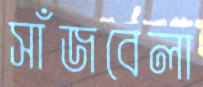
সাঁজবেলা